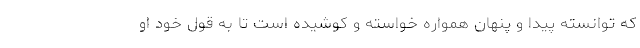
که توانسته پیدا و پنهان همواره خواسته و کوشیده است تا به قول خود او